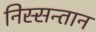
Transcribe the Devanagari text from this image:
निस्सन्तान